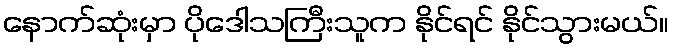
နောက်ဆုံးမှာ ပိုဒေါသကြီးသူက နိုင်ရင် နိုင်သွားမယ်။